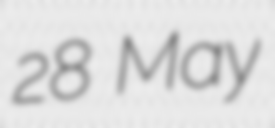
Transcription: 28 May